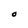
Character: O